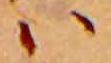
ハ